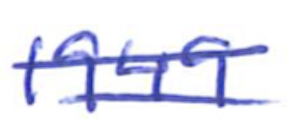
Text: 1949
Cross-out: double-line
Writing tool: ballpoint